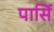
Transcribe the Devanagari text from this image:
पार्सि